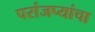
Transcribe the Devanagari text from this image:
परांजप्यांचा